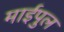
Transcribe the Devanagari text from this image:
माईपुल